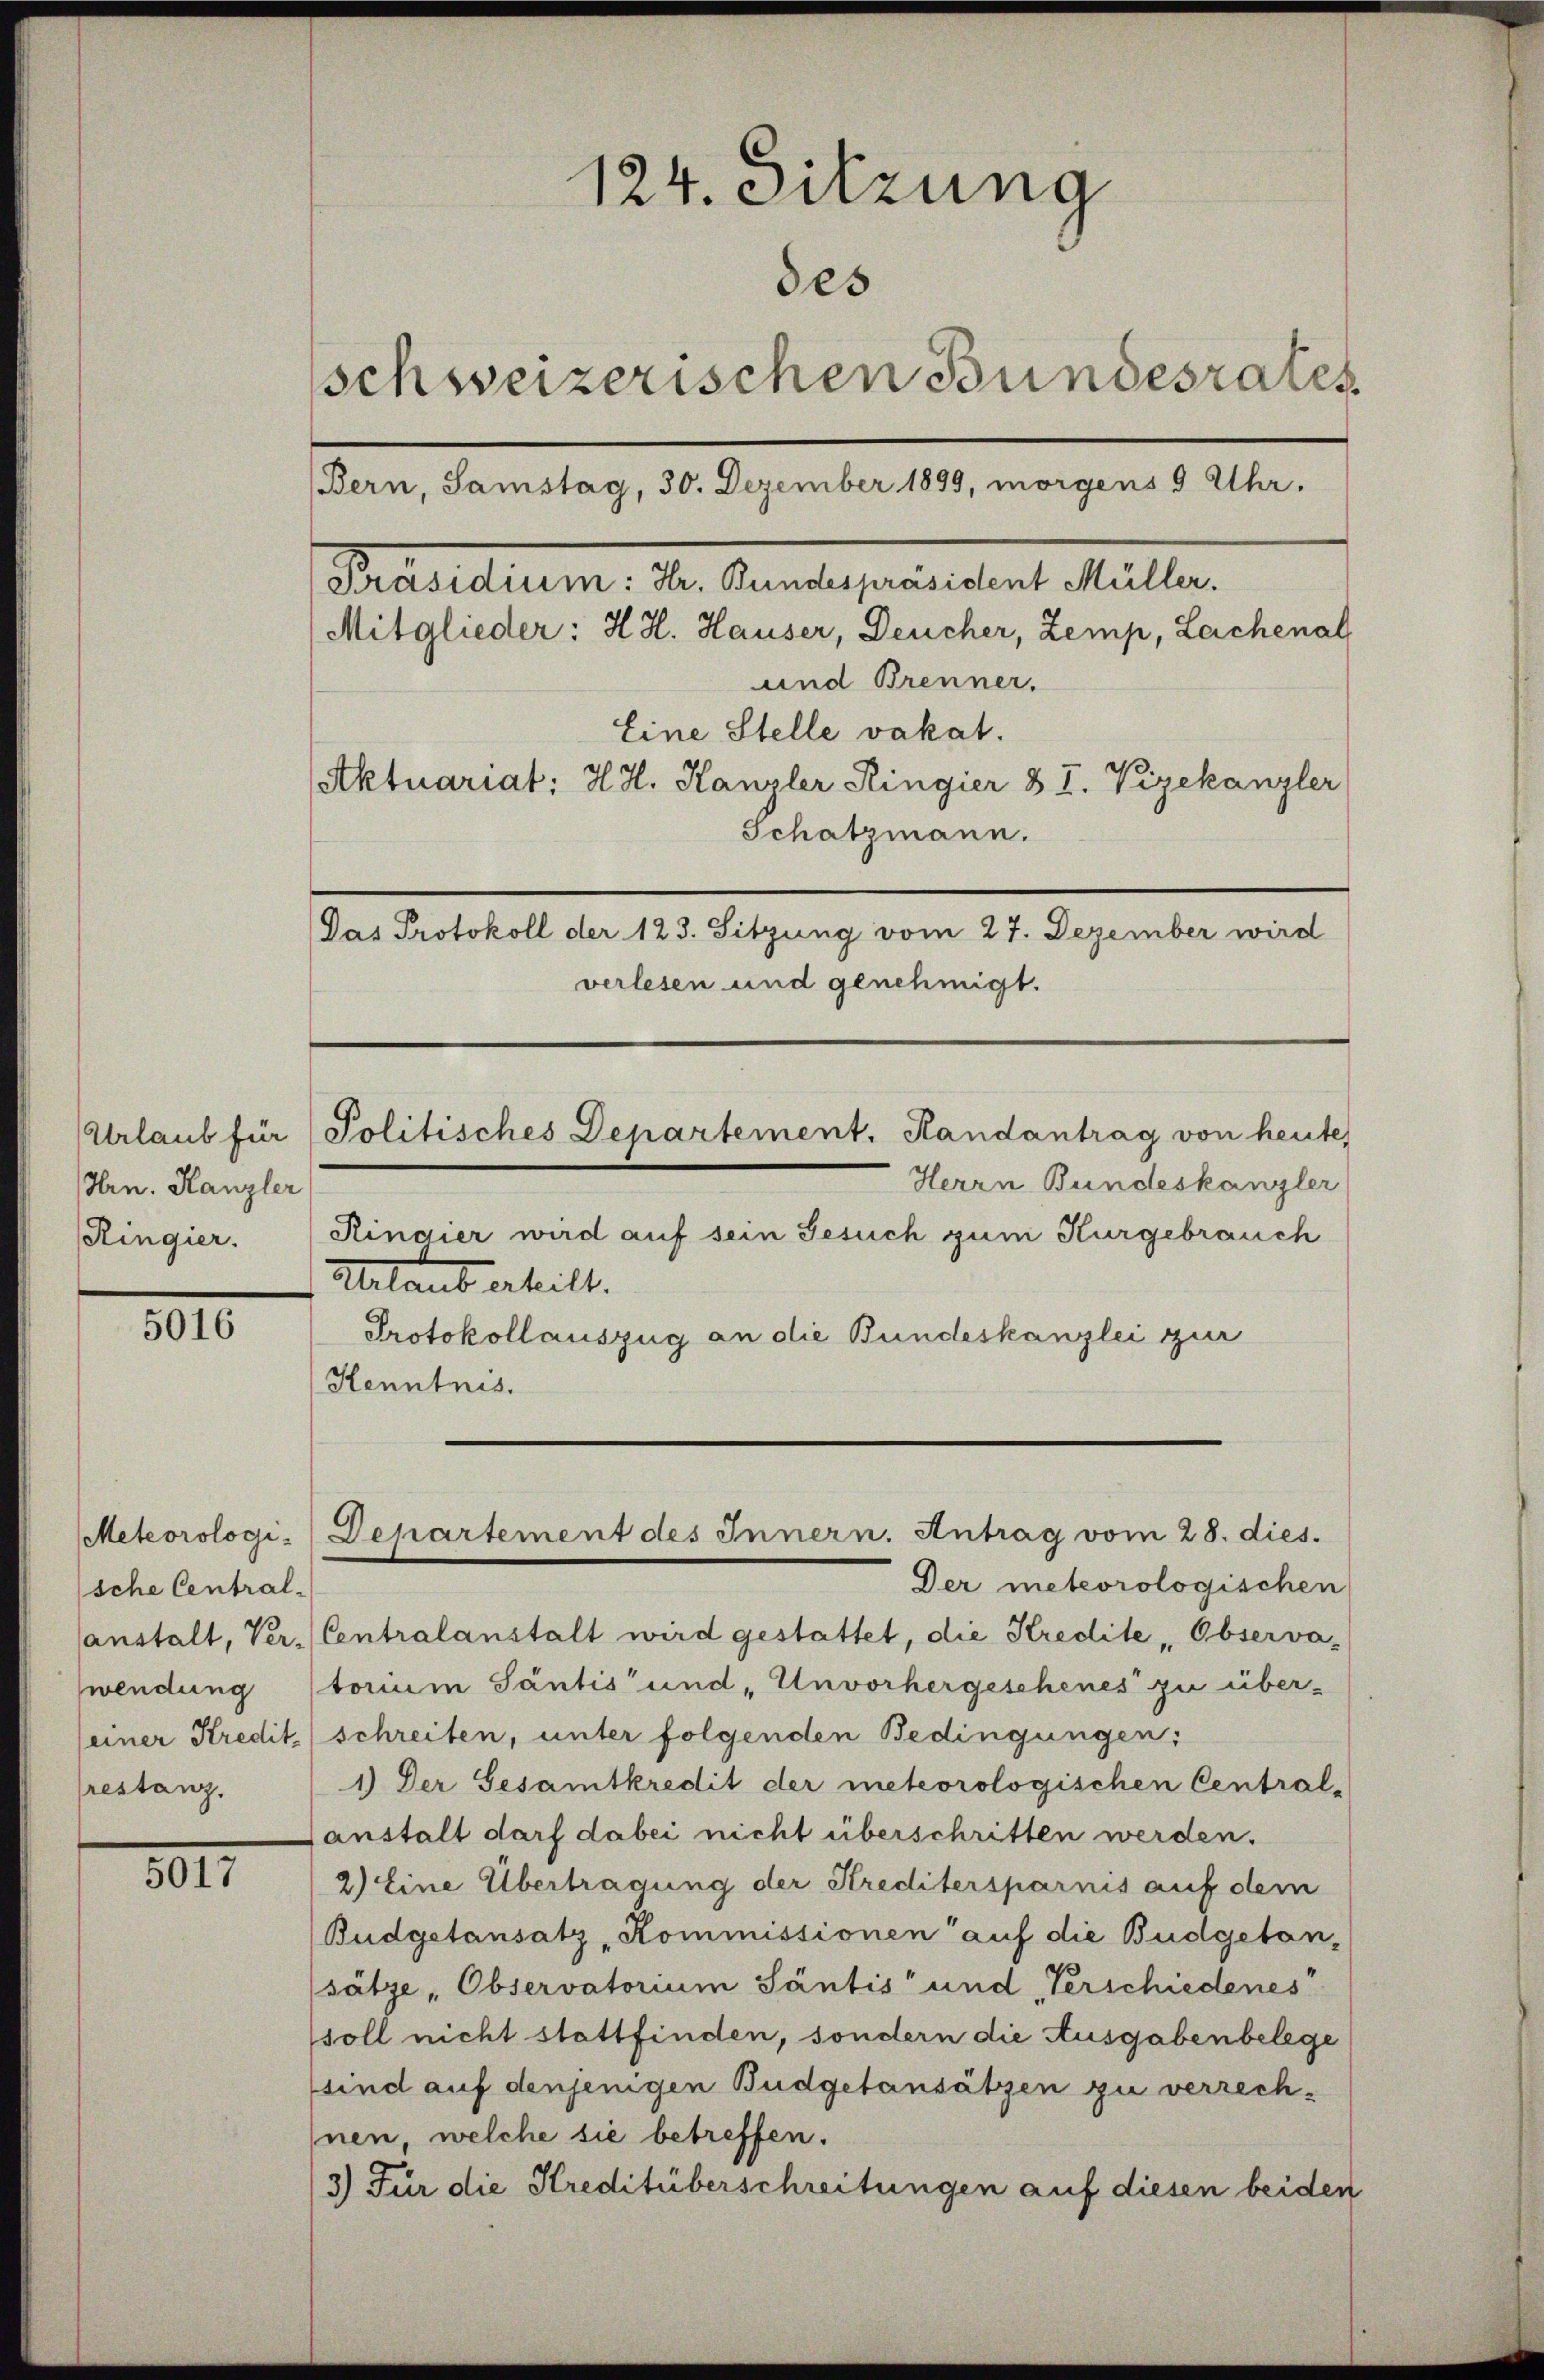
Urlaub für
Hrn. Kanzler
Ringier.

5016

Meteorologische Central-
anstalt, Verwendung
seiner Kredit
restanz.

5017

124. Sitzung
des
schweizerischen Bundesrates
(Bern, Samstag, 30. Dezember 1899, morgens 5 Uhr.
Peratum, den Kanales reisamt Meiller.
Mitglieder: H.H. Hauser, Deucher, Zemp, Lachenal
und Brenner.
Eine Stelle vakat.
Aktuariat; H. H. Kanzler Ringier § I. Vizekanzler
Schatzmann.
Das Protokoll der 123. Sitzung vom 27. Dezember wird
verlesen und genehmigt.

Politisches Departement, Randantrag von heute

Departement des Innern. Antrag vom 28. dies.

Herrn Bundeskanzler
Ringier wird auf sein Gesuch zum Kurgebrauch
Urlaub erheilt.
Protokollauszug an die Bundeskanzlei zur
Kenntnis.

Der meteorologischen
Centralanstalt wird gestattet, die Kredite " Observa-
torium Säntis und „Unvorhergeschenes zu über-
schreiten, unter folgenden Bedingungen:
1.) Der Gesamtkredit der meteorologischen Central-
Lanstalt darf dabei nicht überschritten werden.
2) Eine Übertragung der Kreditersparnis auf dem
Budgetansatz, Kommissionen auf die Budgetan,
(sätze "Observatorium Säntis und „Verschiedenes
soll nicht stattfinden, sondern die Ausgabenbelege
sind auf denjenigen Budgetansätzen zu verrechnen welche sie betreffen.
3) Für die Kreditüberschreitungen auf diesen beiden